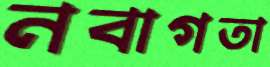
নবাগতা